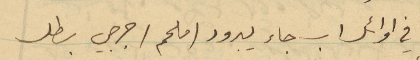
في اوائل اب جاء يبرود (ملحم) جرجي بطل